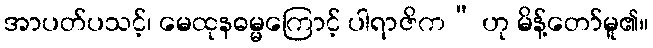
အာပတ်ပသင့်၊ မေထုနဓမ္မကြောင့် ပါရာဇိက” ဟု မိန့်တော်မူ၏။